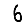
Digit: 6